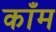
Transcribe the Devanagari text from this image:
काँम